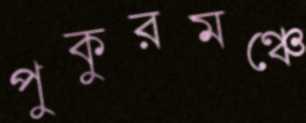
পুকুরমঞ্চে